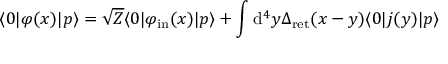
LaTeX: \langle 0 | \varphi ( x ) | p \rangle = { \sqrt { Z } } \langle 0 | \varphi _ { \mathrm { i n } } ( x ) | p \rangle + \int \mathrm { d } ^ { 4 } y \Delta _ { \mathrm { r e t } } ( x - y ) \langle 0 | j ( y ) | p \rangle